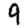
Digit: 9